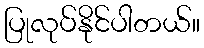
ပြုလုပ်နိုင်ပါတယ်။